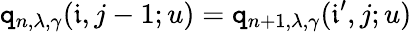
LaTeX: \mathtt{q}_{n,\lambda,\gamma}(\mathfrak{{i}},j-1;u)=\mathtt{q}_{n+1,\lambda,\gamma}(\mathfrak{{i}}^{\prime},j;u)